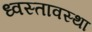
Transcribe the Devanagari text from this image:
ध्वस्तावस्था